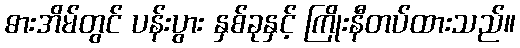
ဓားအိမ်တွင် ပန်းပွား နှစ်ခုနှင့် ကြိုးနီတပ်ထားသည်။